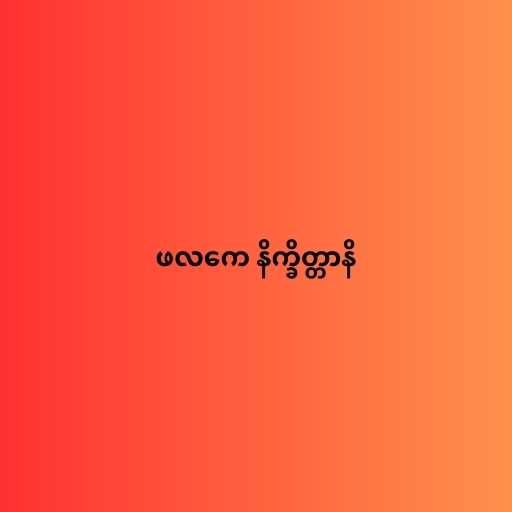
ဖလကေ နိက္ခိတ္တာနိ